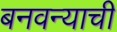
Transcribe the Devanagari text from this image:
बनवन्याची